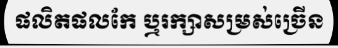
ផលិតផលកែ ឬរក្សាសម្រស់ច្រើន